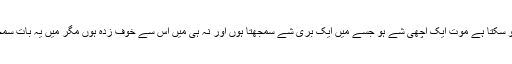
میں اپنی تبلیغ جاری رکھوں گا ‘میں نہیں جانتا موت کیا ہے ‘ہو سکتا ہے موت ایک اچھی شے ہو جسے میں ایک بری شے سمجھتا ہوں اور نہ ہی میں اس سے خوف زدہ ہوں مگر میں یہ بات سمجھتا ہوں کہ کسی کو اس کے فرائض سے روکنا برا رویہ ہے۔